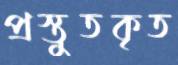
প্রস্তুতকৃত